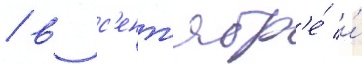
/ в с'ент'ябр'е́ и́